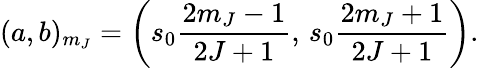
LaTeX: (a,b)_{m_{J}}=\left(s_{0}\frac{2m_{J}-1}{2J+1},\, s_{0}\frac{2m_{J}+1}{2J+1}\right).